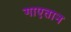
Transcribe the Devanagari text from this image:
गाएतान